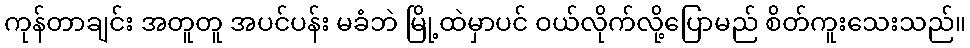
ကုန်တာချင်း အတူတူ အပင်ပန်း မခံဘဲ မြို့ထဲမှာပင် ဝယ်လိုက်လို့ပြောမည် စိတ်ကူးသေးသည်။